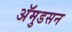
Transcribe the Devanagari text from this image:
अॅमुडसन